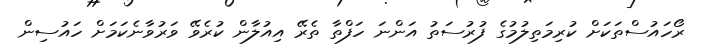
ރޯހައުސްތަކަށް ކުރިމަތިލުމުގެ ފުރުސަތު އަންނަ ހަފްތާ ތެރޭ އިއުލާން ކުރެވޭ ވަރުވާނެކަމަށް ހައުސިން